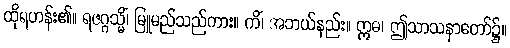
ထိုရဟန်း၏။ ရဇဂ္ဂသ္မိံ၊ မြူမည်သည်ကား။ ကိံ၊ အဘယ်နည်း။ ဣဓ၊ ဤသာသနာတော်၌။